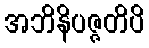
အဘိနိပဇ္ဇတိပိ